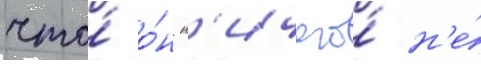
что́ о́н н'ичего́ н'е́